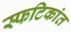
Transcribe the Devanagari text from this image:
स्फटिकांत